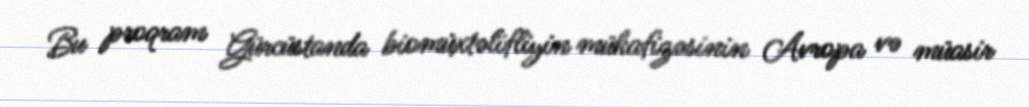
Bu proqram Gürcüstanda biomüxtəlifliyin mühafizəsinin Avropa və müasir